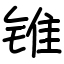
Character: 锥